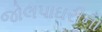
જોલપાઘરીના